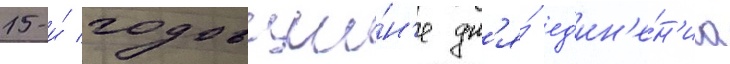
15-и́ годовщи́н'е дн'я́ ед'ин'е́н'иа